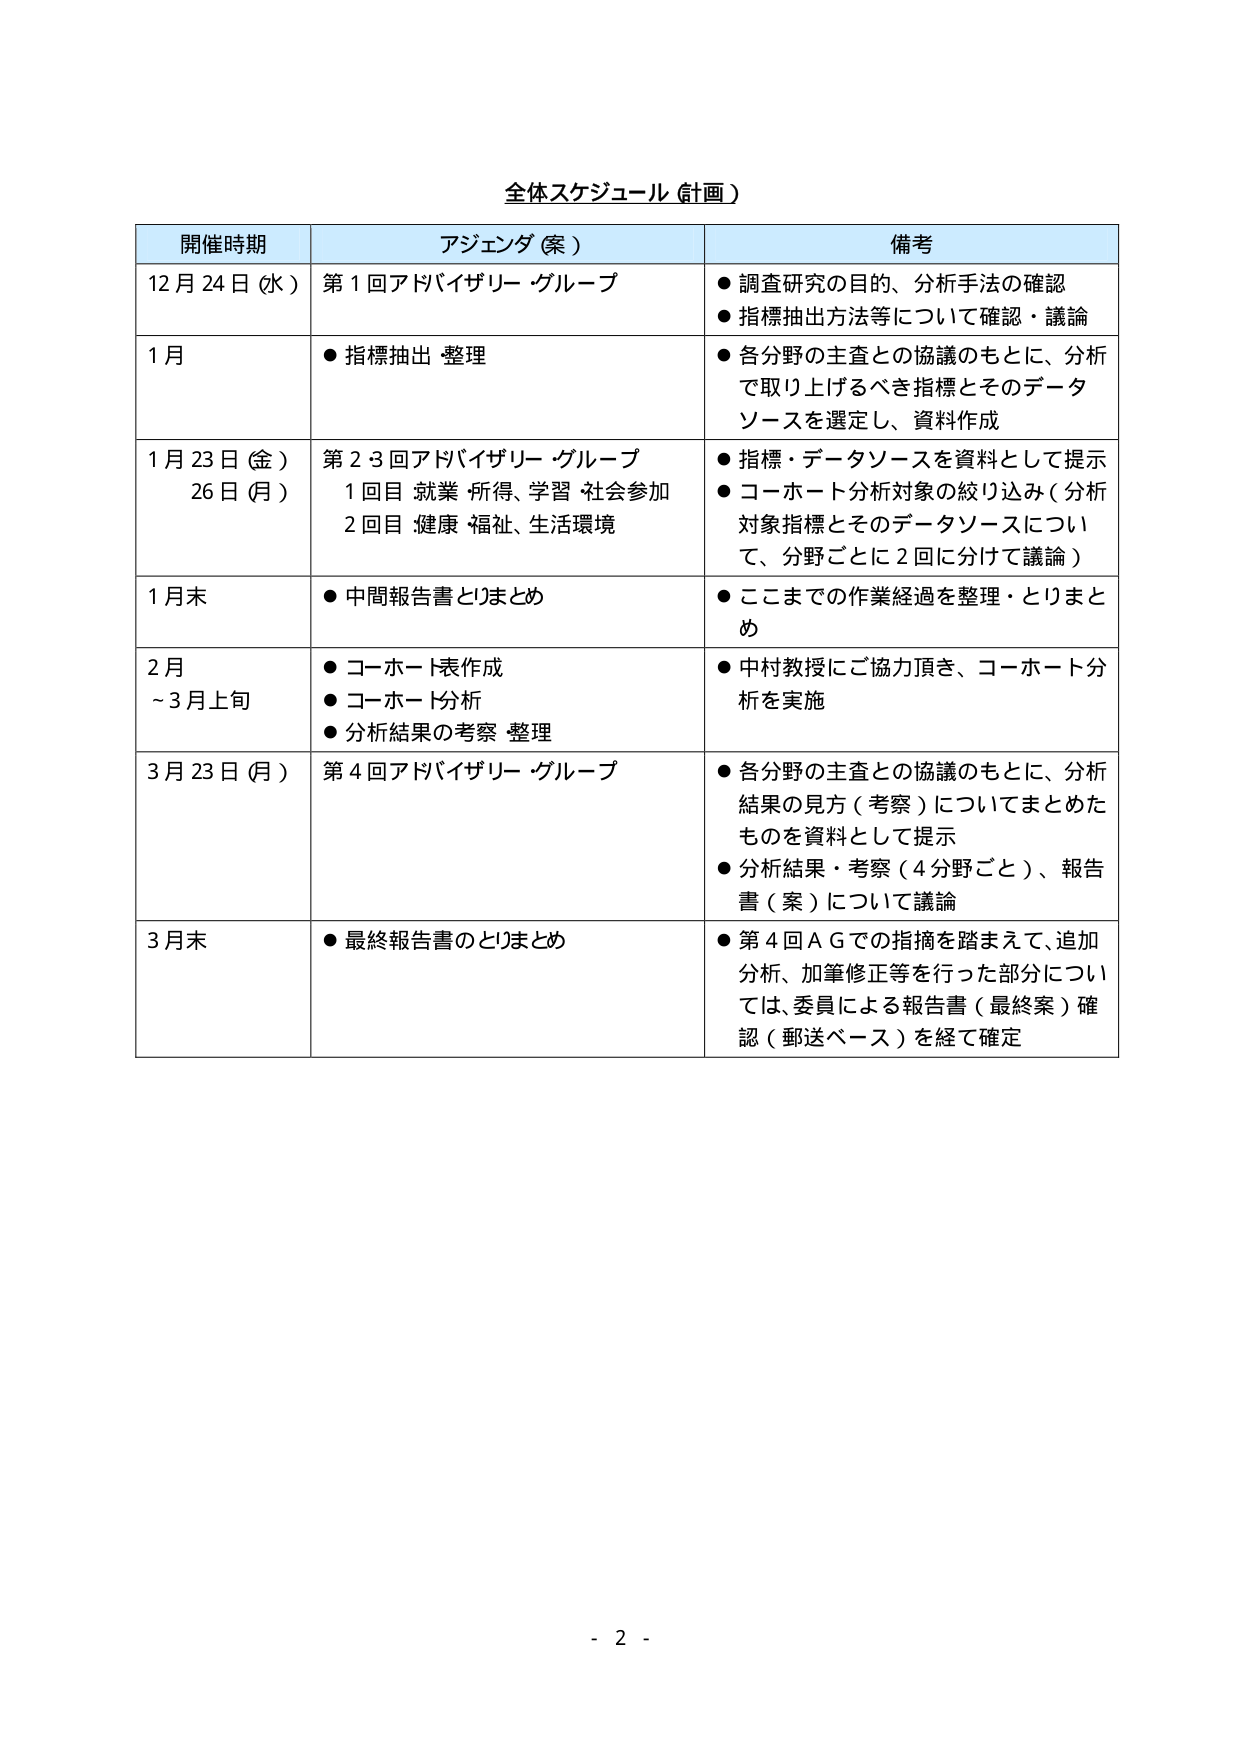
全体スケジュール（計画）

開催時期 アジェンダ（案） 備考
12月24日（水） 第1回アドバイザリー・グループ ●調査研究の目的、分析手法の確認
●指標抽出方法等について確認・議論
1月 ●指標抽出・整理 ●各分野の主査との協議のもとに、分析で取り上げるべき指標とそのデータソースを選定し、資料作成
1月23日（金） 26日（月） 第2・3回アドバイザリー・グループ 1回目 就業・所得、学習・社会参加 2回目 健康・福祉、生活環境 ●指標・データソースを資料として提示 ●コホート分析対象の絞り込み（分析対象指標とそのデータソースについて、分野ごとに2回に分けて議論）
1月末 ●中間報告書とりまとめ ●ここまでの作業経過を整理・とりまとめ
2月 ～3月上旬 ●コホート表作成 ●コホート分析 ●分析結果の考察・整理 ●中村教授にご協力頂き、コホート分析を実施
3月23日（月） 第4回アドバイザリー・グループ ●各分野の主査との協議のもとに、分析結果の見方（考察）についてまとめたものを資料として提示 ●分析結果・考察（4分野ごと）、報告書（案）について議論
3月末 ●最終報告書のとりまとめ ●第4回AGでの指摘を踏まえて、追加分析、加筆修正等を行った部分については、委員による報告書（最終案）確認（郵送ベース）を経て確定

- 2 -